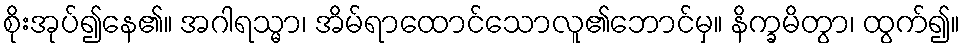
စိုးအုပ်၍နေ၏။ အဂါရသ္မာ၊ အိမ်ရာထောင်သောလူ၏ဘောင်မှ။ နိက္ခမိတွာ၊ ထွက်၍။